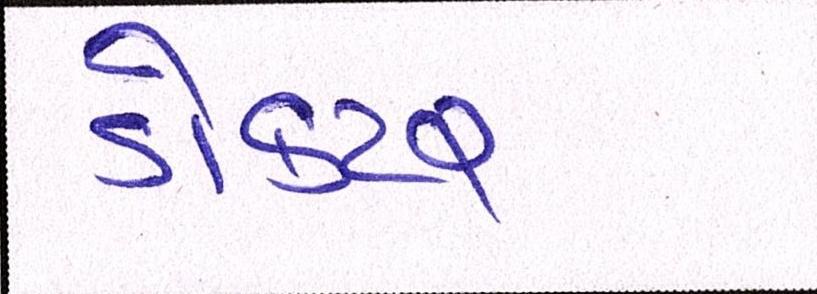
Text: ડૉક્ટર